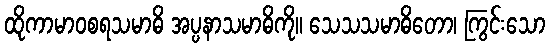
ထိုကာမာဝစရသမာဓိ အပ္ပနာသမာဓိကို။ သေသသမာဓိတော၊ ကြွင်းသော